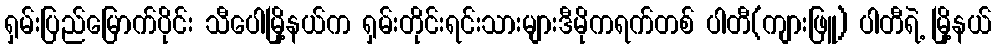
ရှမ်းပြည်မြောက်ပိုင်း သီပေါမြို့နယ်က ရှမ်းတိုင်းရင်းသားများဒီမိုကရက်တစ် ပါတီ(ကျားဖြူ) ပါတီရဲ့ မြို့နယ်